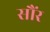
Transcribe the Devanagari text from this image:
सौंर